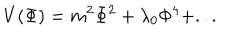
V ( \Phi ) = m ^ { 2 } \Phi ^ { 2 } + \lambda _ { 0 } \Phi ^ { 4 } + . . .